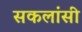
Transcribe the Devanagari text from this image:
सकलांसी